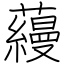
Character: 蘰